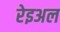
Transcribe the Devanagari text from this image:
रेइअल